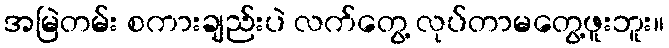
အမြဲတမ်း စကားချည်းပဲ လက်တွေ့ လုပ်တာမတွေ့ဖူးဘူး။